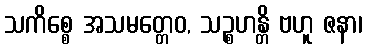
သကိစ္စေ အသမတ္တေဝ, သဉ္စဟန္တိ ဗဟူ ဇနာ၊